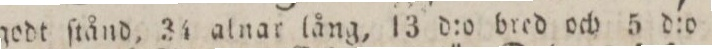
i godt ſtånd, 34 alnar lång, 13 d:o bred och 5 d:o hög,